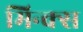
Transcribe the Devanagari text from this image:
मिन्क्स